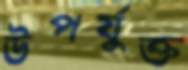
উপর্যুক্ত